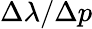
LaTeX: \Delta\lambda/\Delta p